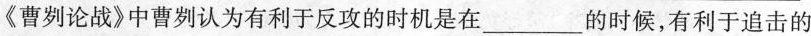
《曹刿论战》中曹刿认为有利于反攻的时机是在____的时候，有利于追击的